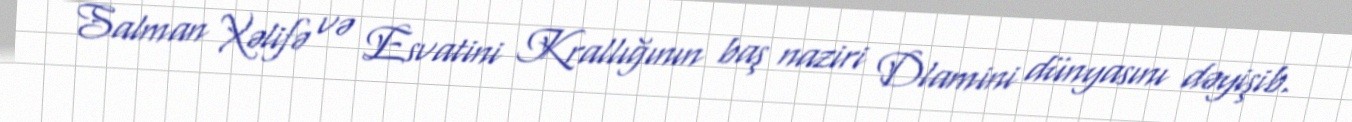
Salman Xəlifə və Esvatini Krallığının baş naziri Dlamini dünyasını dəyişib.